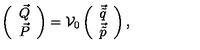
\left( \begin{array} { c } { \vec { Q } } \\ { \vec { P } } \\ \end{array} \right) = { \cal V } _ { 0 } \left( \begin{array} { c } { \vec { \tilde { q } } } \\ { \vec { \tilde { p } } } \\ \end{array} \right) ,